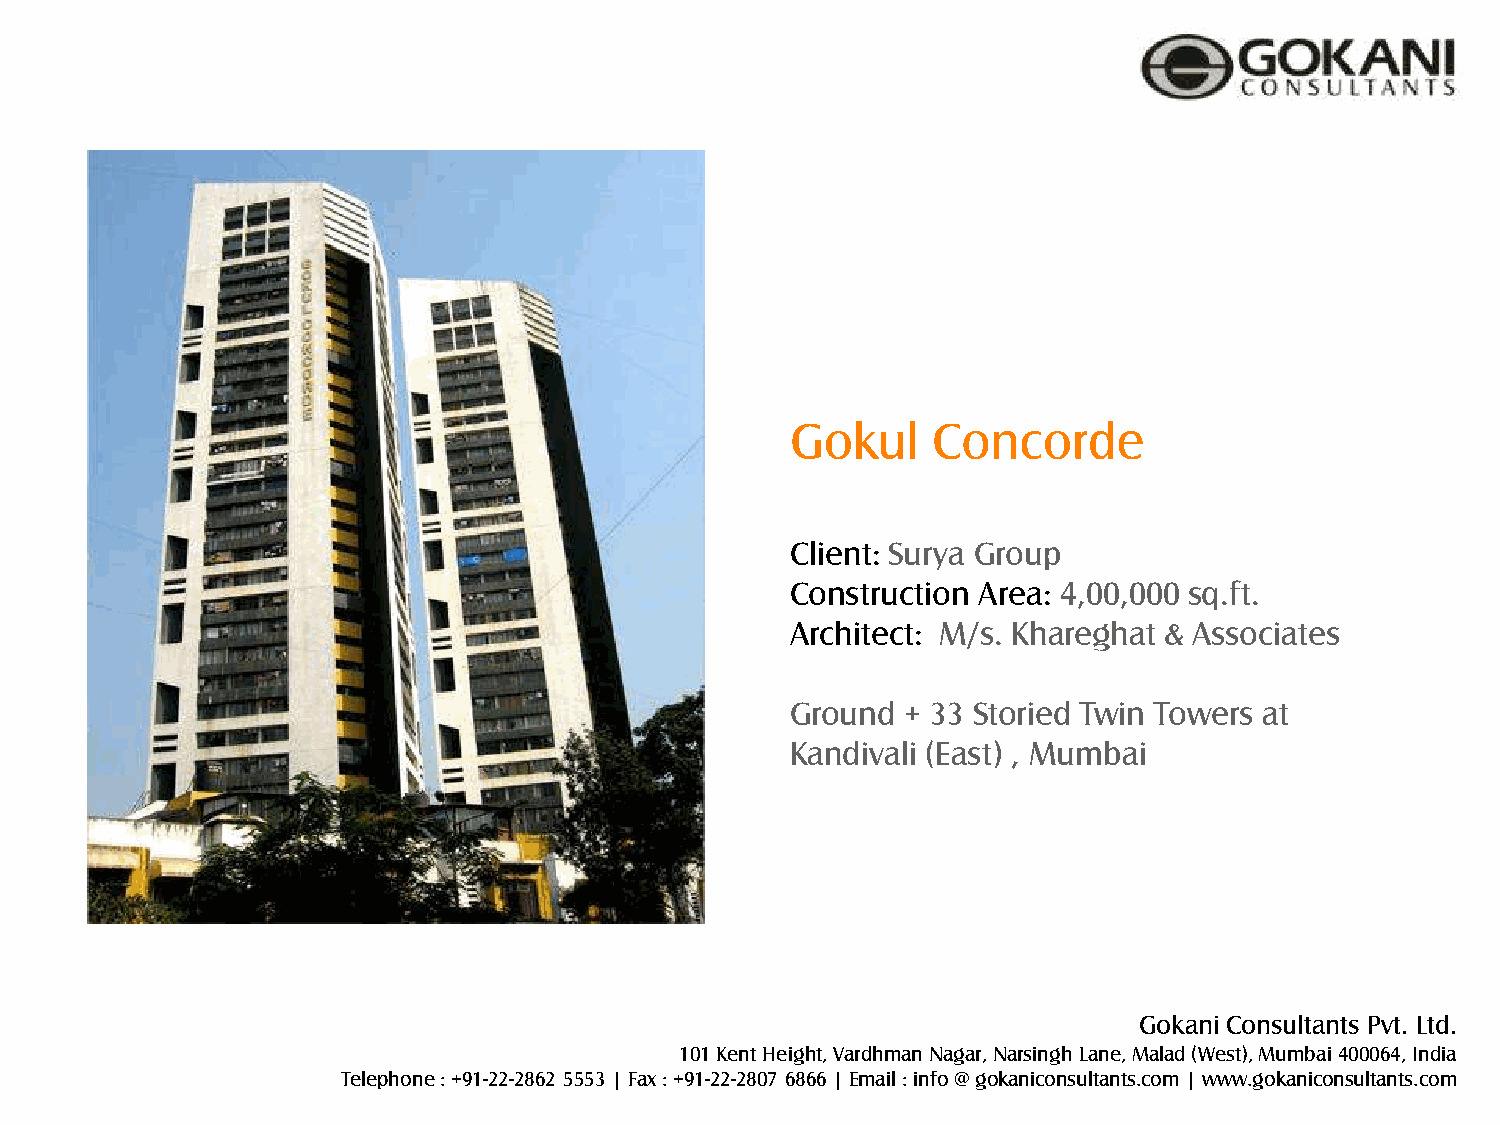
Gokul     Concorde
 Client: Surya Group
 Construction Area: 4,00,000 sq.ft.
 Architect: M/s. Khareghat & Associates
 Ground  + 33 Storied Twin Towers at
 Kandivali (East) , Mumbai
 Gokani Consultants Pvt. Ltd.
 101 Kent Height, Vardhman Nagar, Narsingh Lane, Malad (West), Mumbai 400064, India
 Telephone : +91-22-2862 5553 | Fax : +91-22-2807 6866 | Email : info @ gokaniconsultants.com | www.gokaniconsultants.com